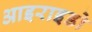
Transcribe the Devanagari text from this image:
आइराइडो